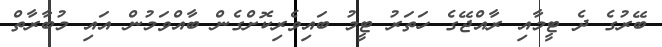
ބޭރުގެ ދެ ޓީމާއި ރާއްޖޭގެ ހަތަރު ޓީމު ބައިވެރިކޮށްގެން ބާއްވަމުން އައި މުބާރާތް